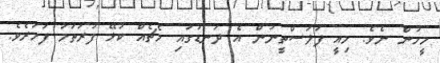
މީހުން ނެވެ. މިއީ ފަލަސްތީނުން އެ ދަނޑުގައި މެޗެއް ކުޅޭ ފުރަތަމަ ފަހަރެވެ.